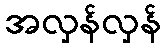
အလှန်လှန်